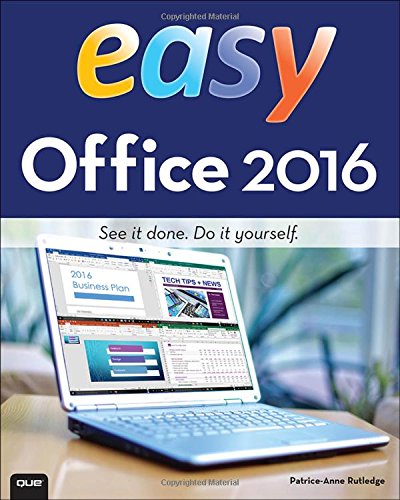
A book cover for Easy Office 2016; Patrice-Anne Rutledge; Computers & Technology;